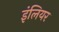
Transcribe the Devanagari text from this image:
इंलियर